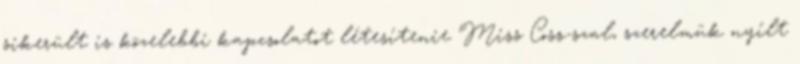
sikerült is közelebbi kapcsolatot létesítenie Miss Coss-szal, szerelmük nyílt